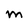
Character: M